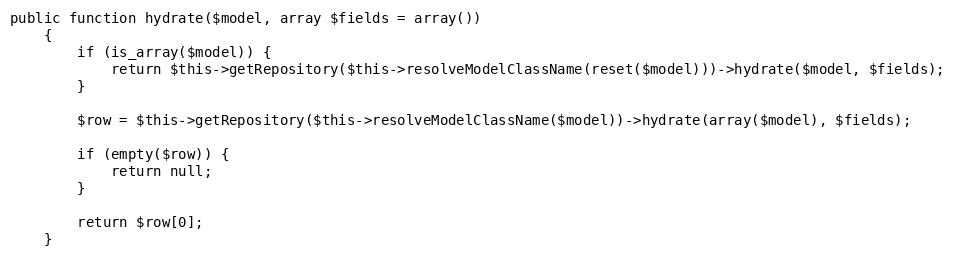
Language: PHP
public function hydrate($model, array $fields = array())
    {
        if (is_array($model)) {
            return $this->getRepository($this->resolveModelClassName(reset($model)))->hydrate($model, $fields);
        }

        $row = $this->getRepository($this->resolveModelClassName($model))->hydrate(array($model), $fields);

        if (empty($row)) {
            return null;
        }

        return $row[0];
    }